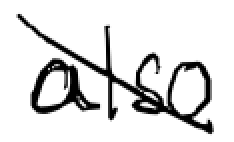
Text: also
Cross-out: diagonal
Writing tool: digital_black